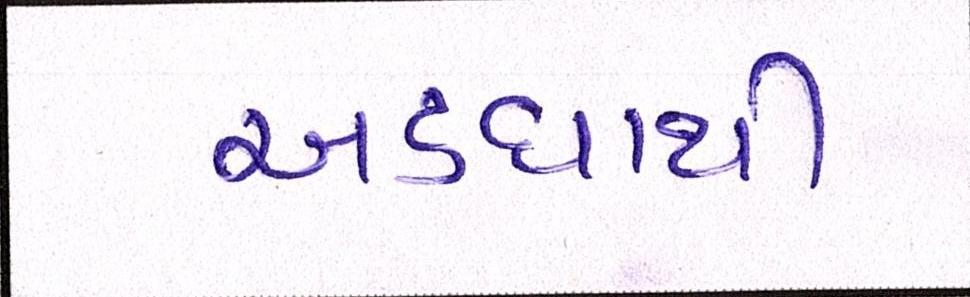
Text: અડધાથી